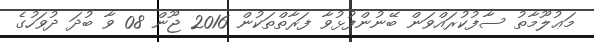
މަޢުލޫމާތު ސާފުކުރައްވަން ބޭނުންފުޅުވާ ފަރާތްތަކުން 2016 ޖޫން 08 ވާ ބުދަ ދުވަހުގެ